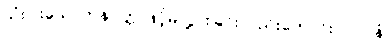
သုံးပါးသောကုနဝတ္တုဖြင့်မလွှားခြင်းလည်းကောင်း။ လပနံ၊